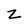
Character: Z